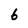
Character: 6